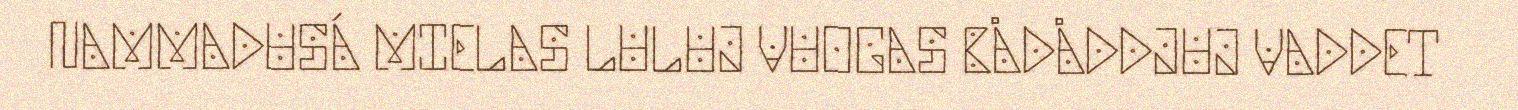
NAMMADUSÁ MIELAS LULUJ VUOGAS BÅDÅDDJUJ VADDET